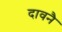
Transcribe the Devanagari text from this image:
दावनै